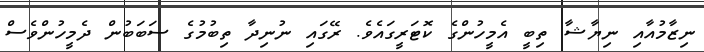
ނިޒާމުއާއި ނިޔާޝާ ތިބީ އެމީހުންގެ ކޮޓަރީގައެވެ. ރޭގައި ނުނިދާ ތިބުމުގެ ސަބަބުން ދެމީހުންވެސް